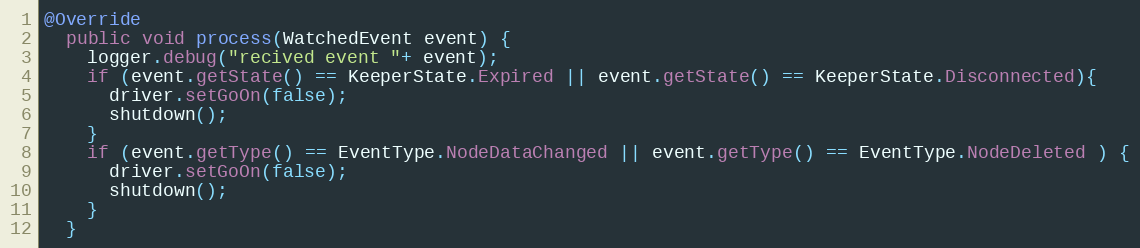
Language: Java
@Override
  public void process(WatchedEvent event) {
    logger.debug("recived event "+ event);
    if (event.getState() == KeeperState.Expired || event.getState() == KeeperState.Disconnected){
      driver.setGoOn(false);
      shutdown();
    }
    if (event.getType() == EventType.NodeDataChanged || event.getType() == EventType.NodeDeleted ) {
      driver.setGoOn(false);
      shutdown();
    }
  }